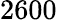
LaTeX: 2600